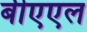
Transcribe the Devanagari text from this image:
बीएएल